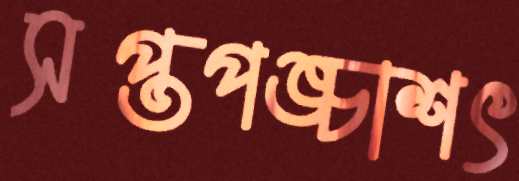
সপ্তপঙ্চাশৎ